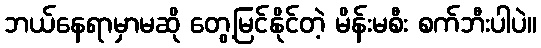
ဘယ်နေရာမှာမဆို တွေ့မြင်နိုင်တဲ့ မိန်းမစီး စက်ဘီးပါပဲ။